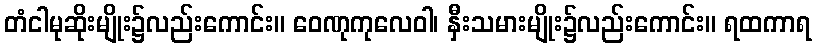
တံငါမုဆိုးမျိုး၌လည်းကောင်း။ ဝေဏုကုလေဝါ၊ နှီးသမားမျိုး၌လည်းကောင်း။ ရထကာရ